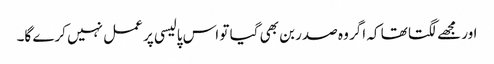
اور مجھے لگتا تھا کہ اگر وہ صدر بن بھی گیا تو اس پالیسی پر عمل نہیں کرے گا۔